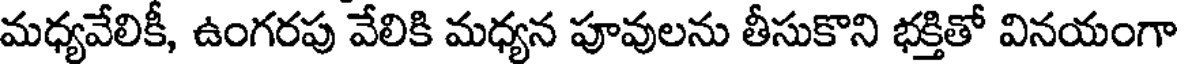
మధ్యవేలికీ, ఉంగరపు వేలికి మధ్యన పూవులను తీసుకొని భక్తితో వినయంగా